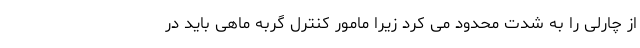
از چارلی را به شدت محدود می کرد زیرا مامور کنترل گربه ماهی باید در